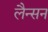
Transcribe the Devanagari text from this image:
लैन्सन